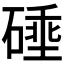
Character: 𰧗